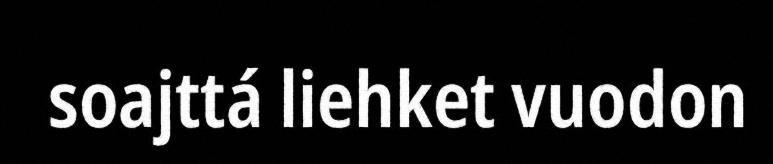
soajttá liehket vuodon